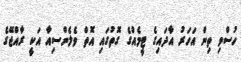
ހުސްވި ތިން އަހަރު އާދައިގެ ޓީމެއްގެ ގޮތުގައި އޮތް ވެލެންސިއާ އަކީ ރާއްޖޭގެ